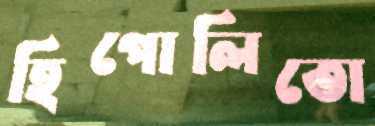
হিপোলিতো